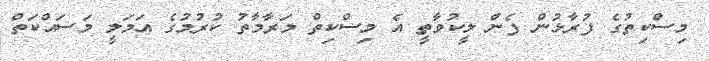
މިސްކިތުގެ ފުރާޅުން ފެން ލީކުވާތީ އެ މިސްކިތް މަރާމާތު ކުރުމުގެ އަމަލީ މަސައްކަތް